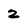
Character: 2